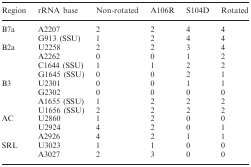
| Region | rRNA base | Non-rotated | A106R | S104D | Rotated |
 | --- | --- | --- | --- | --- | --- |
 | <ROWSPAN=2> B7a | A2207 | 2 | 2 | 4 | 4 |
 | G913 (SSU) | 1 | 2 | 4 | 4 |
 | <ROWSPAN=4> B2a | U2258 | 2 | 2 | 3 | 4 |
 | A2262 | 0 | 0 | 1 | 2 |
 | C1644 (SSU) | 1 | 1 | 2 | 2 |
 | G1645 (SSU) | 0 | 0 | 2 | 1 |
 | <ROWSPAN=4> B3 | U2301 | 0 | 0 | 1 | 1 |
 | G2302 | 0 | 0 | 0 | 0 |
 | A1655 (SSU) | 1 | 2 | 2 | 2 |
 | U1656 (SSU) | 2 | 2 | 2 | 2 |
 | <ROWSPAN=3> AC | U2860 | 1 | 2 | 0 | 0 |
 | U2924 | 4 | 2 | 0 | 1 |
 | A2926 | 4 | 2 | 1 | 1 |
 | <ROWSPAN=2> SRL | U3023 | 1 | 1 | 0 | 0 |
 | A3027 | 2 | 3 | 0 | 0 |